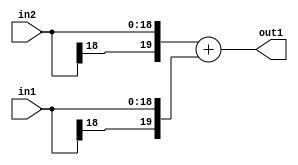
`timescale 1ps / 1ps
/*****************************************************************************
    Verilog RTL Description
    
    
    Created by: Stratus DpOpt 2019.1.01 
*******************************************************************************/

module SobelFilter_Add_19Sx19S_20S_1 (
	in2,
	in1,
	out1
	); /* architecture "behavioural" */ 
input [18:0] in2,
	in1;
output [19:0] out1;
wire [19:0] asc001;

assign asc001 = 
	+({in2[18], in2})
	+({in1[18], in1});

assign out1 = asc001;
endmodule

/* CADENCE  ubP0Qwk= : u9/ySgnWtBlWxVPRXgAZ4Og= ** DO NOT EDIT THIS LINE ******/